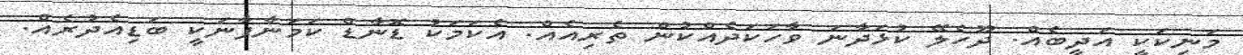
މަނިކަކީ އަދީބެއް. ދޫހެލޭ ކުޅަދާނަ ވާހަކަދެއްކުން ތެރިއެއް. އެކަމަކު ޑޮނާޑް ކަމަނާފާނަކީ ބަޑިއެދުރެއް.